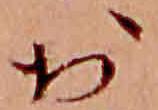
於